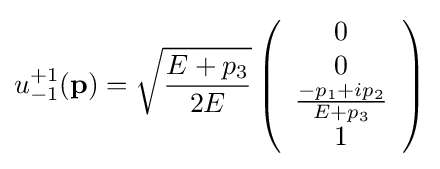
u_{-1}^{+1}(\mathbf {p} )={\sqrt {{E+p_{3}} \over 2E}}\left({\begin{array}{c}0\\0\\{{-p_{1}+ip_{2}} \over {E+p_{3}}}\\1\end{array}}\right)